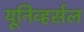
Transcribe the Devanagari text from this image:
यूनिव्हर्सल